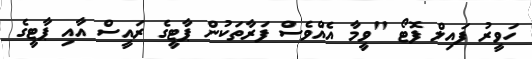
ހަވީރު ފައިލް ފޮޓޯ "ވީމާ އެއްވެސް ފަރާތަކުން ޕާޓީގެ ރައީސް އާއި ޕާޓީގެ